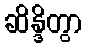
ဆိန္ဒိတွာ